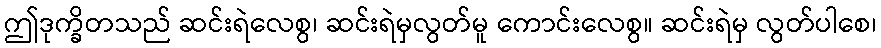
ဤဒုက္ခိတသည် ဆင်းရဲလေစွ၊ ဆင်းရဲမှလွတ်မူ ကောင်းလေစွ။ ဆင်းရဲမှ လွတ်ပါစေ၊